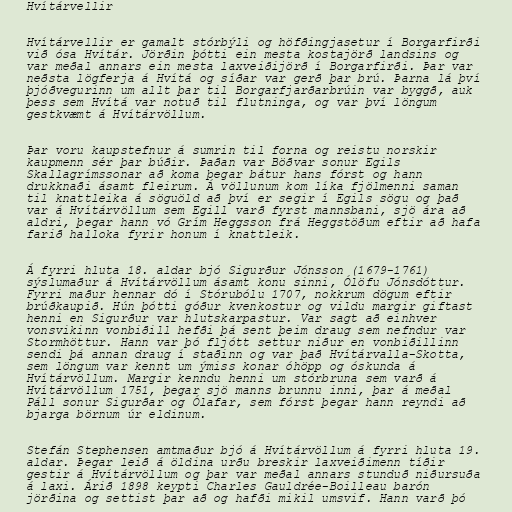
Hvítárvellir

Hvítárvellir er gamalt stórbýli og höfðingjasetur í Borgarfirði
við ósa Hvítár. Jörðin þótti ein mesta kostajörð landsins og
var meðal annars ein mesta laxveiðijörð í Borgarfirði. Þar var
neðsta lögferja á Hvítá og síðar var gerð þar brú. Þarna lá því
þjóðvegurinn um allt þar til Borgarfjarðarbrúin var byggð, auk
þess sem Hvítá var notuð til flutninga, og var því löngum
gestkvæmt á Hvítárvöllum.

Þar voru kaupstefnur á sumrin til forna og reistu norskir
kaupmenn sér þar búðir. Þaðan var Böðvar sonur Egils
Skallagrímssonar að koma þegar bátur hans fórst og hann
drukknaði ásamt fleirum. Á völlunum kom líka fjölmenni saman
til knattleika á söguöld að því er segir í Egils sögu og það
var á Hvítárvöllum sem Egill varð fyrst mannsbani, sjö ára að
aldri, þegar hann vó Grím Heggsson frá Heggstöðum eftir að hafa
farið halloka fyrir honum í knattleik.

Á fyrri hluta 18. aldar bjó Sigurður Jónsson (1679-1761)
sýslumaður á Hvítárvöllum ásamt konu sinni, Ólöfu Jónsdóttur.
Fyrri maður hennar dó í Stórubólu 1707, nokkrum dögum eftir
brúðkaupið. Hún þótti góður kvenkostur og vildu margir giftast
henni en Sigurður var hlutskarpastur. Var sagt að einhver
vonsvikinn vonbiðill hefði þá sent þeim draug sem nefndur var
Stormhöttur. Hann var þó fljótt settur niður en vonbiðillinn
sendi þá annan draug í staðinn og var það Hvítárvalla-Skotta,
sem löngum var kennt um ýmiss konar óhöpp og óskunda á
Hvítárvöllum. Margir kenndu henni um stórbruna sem varð á
Hvítárvöllum 1751, þegar sjö manns brunnu inni, þar á meðal
Páll sonur Sigurðar og Ólafar, sem fórst þegar hann reyndi að
bjarga börnum úr eldinum.

Stefán Stephensen amtmaður bjó á Hvítárvöllum á fyrri hluta 19.
aldar. Þegar leið á öldina urðu breskir laxveiðimenn tíðir
gestir á Hvítárvöllum og þar var meðal annars stunduð niðursuða
á laxi. Árið 1898 keypti Charles Gauldrée-Boilleau barón
jörðina og settist þar að og hafði mikil umsvif. Hann varð þó